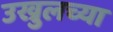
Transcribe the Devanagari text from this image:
उख्रुलच्या